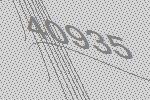
40935